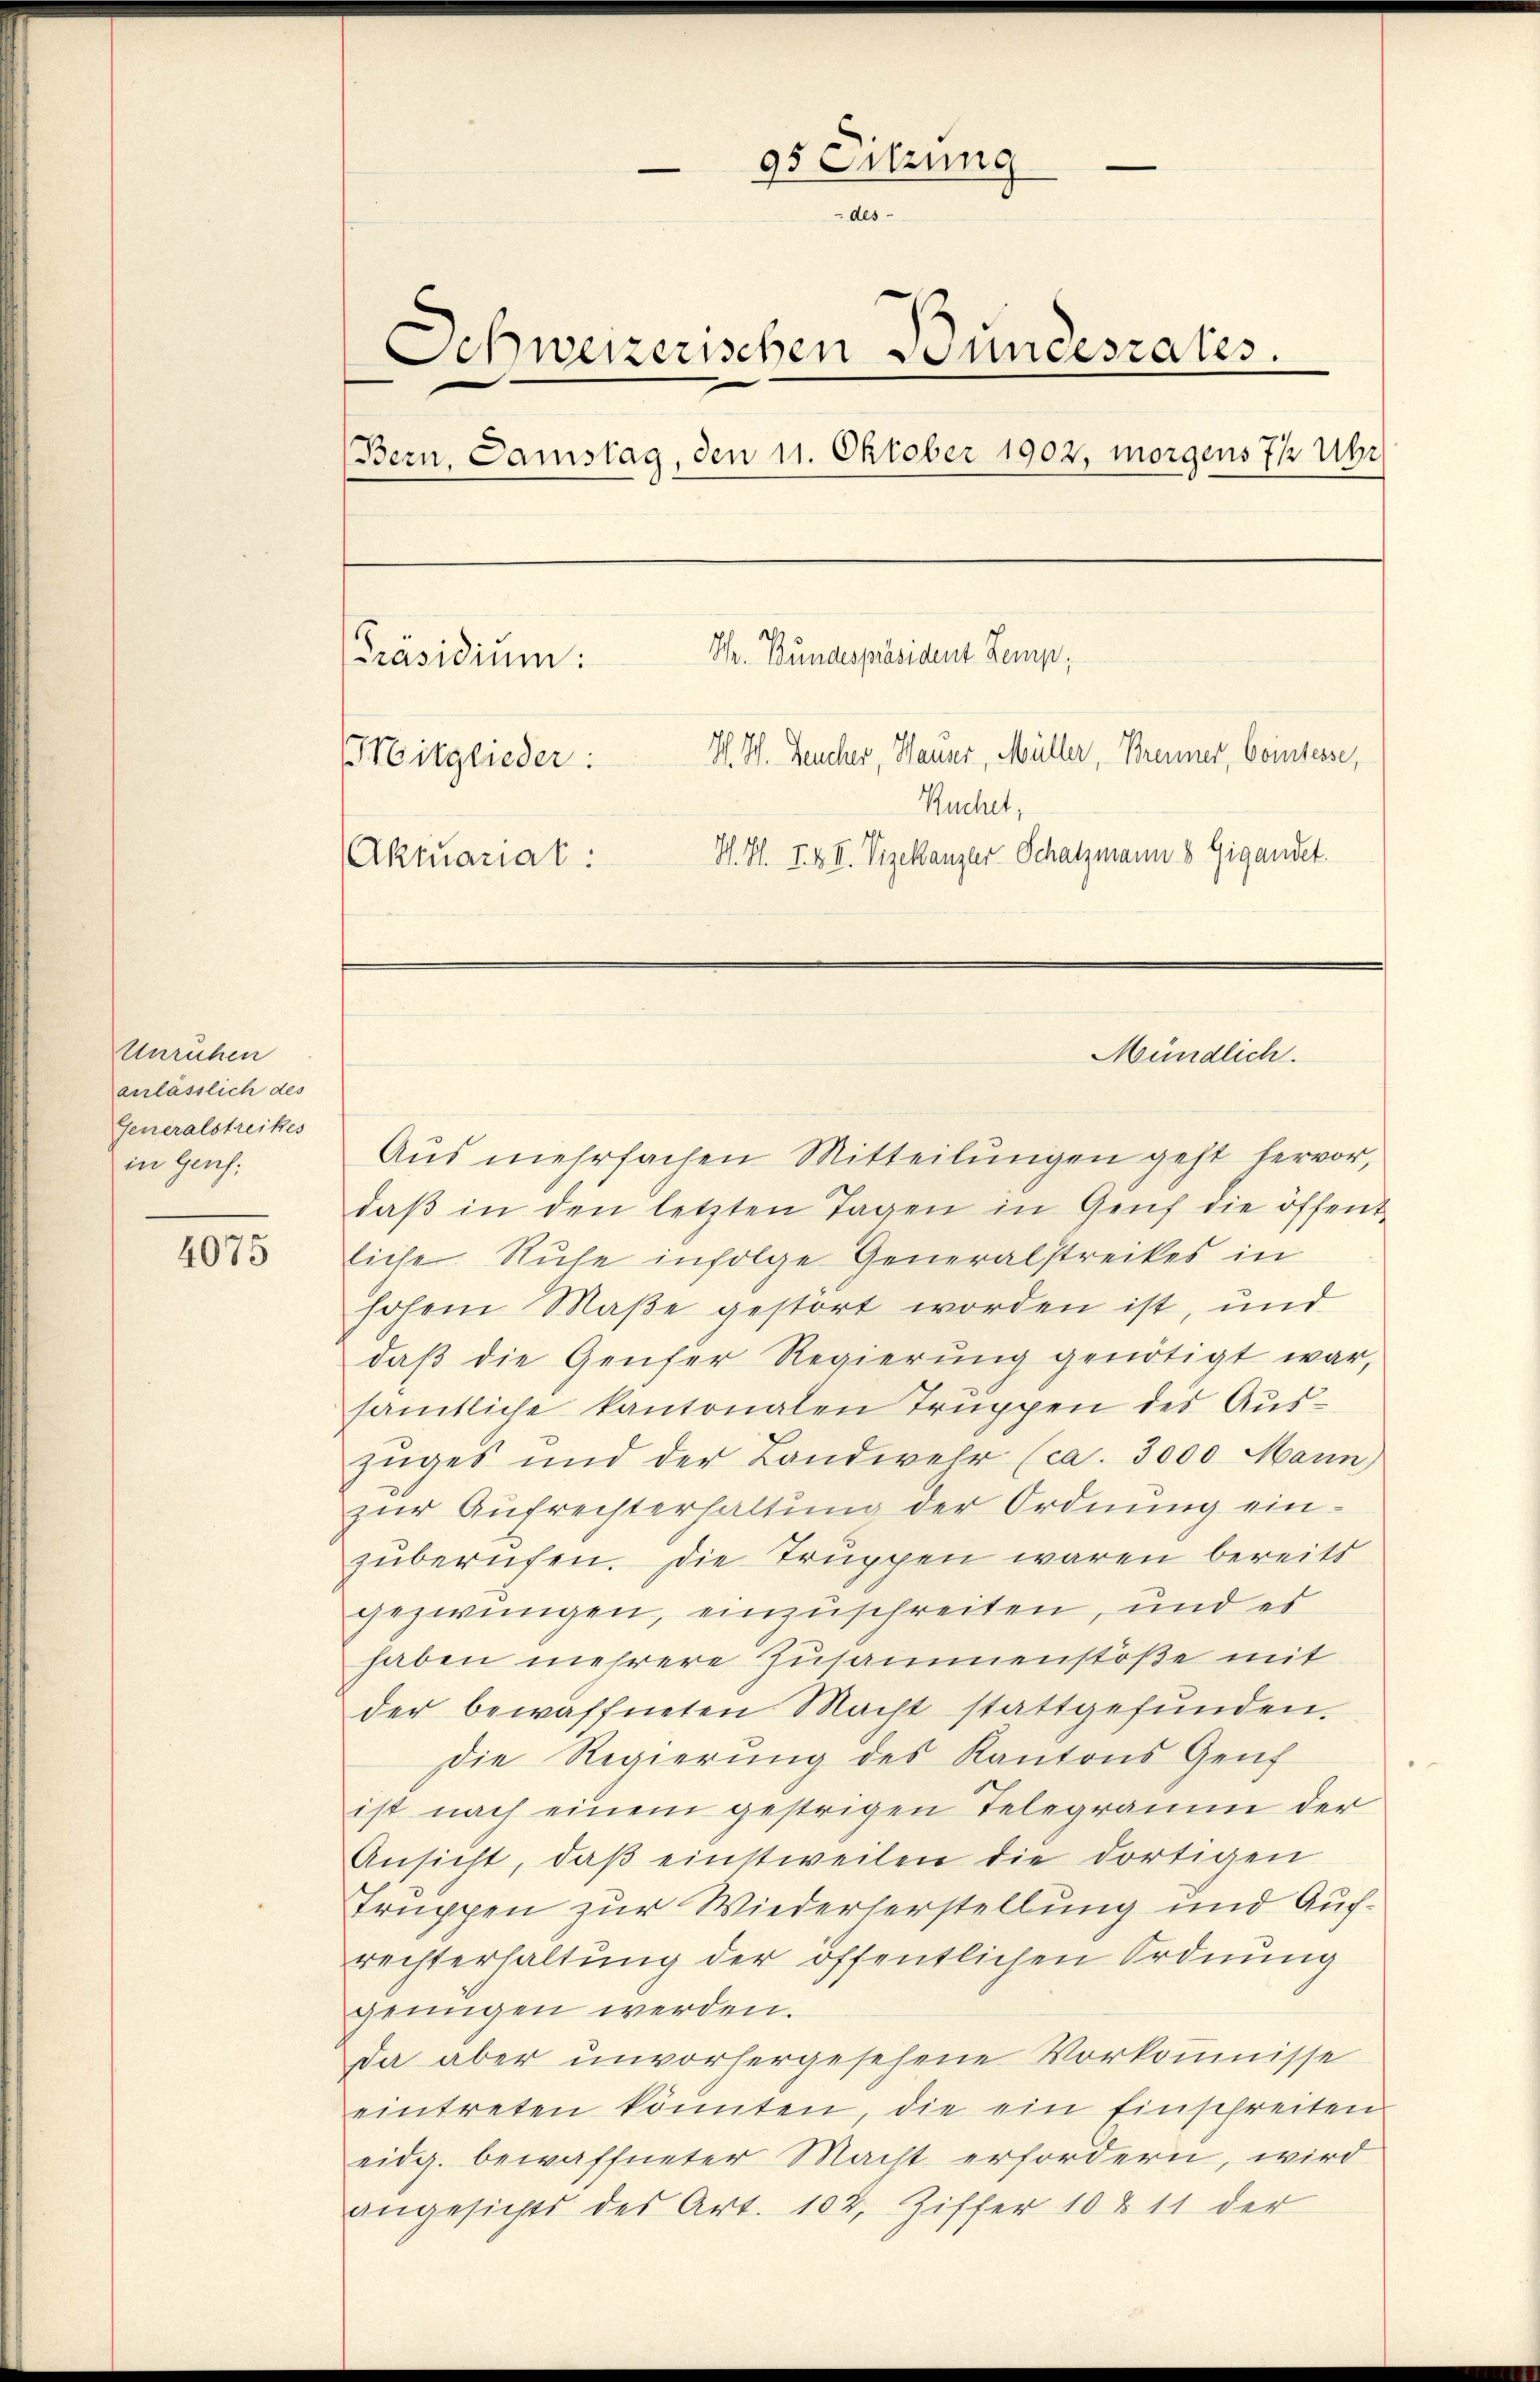
Unruhen
anlässlich des
Generalstreikes
in Genf,

4075

95 Sitzung
des
Schweizerischen Bundesrates.
(Bern, Samstag, den 11. Oktober 1902, morgens 7½ Übr
Pr. Bundespräsident Kemp,
Präsidium:
H. H. Leucher, Hauser, Müller, Brenner, Cointesse,
Mitglieder:
Kuchet,
H. H. I. K. II. Vizekanzler Schatzmann 8 Gigandet.
Aktuariat:

Aus mehrfachen Mitteilungen geht hervor,
daβ in den letzten Tagen in Genf die öffent-
liche Ruhe infolge Generalstreikes in
hohem Maße gestört worden ist, und
daβ die Genfer Regierŭng genötigt war,
sämtliche kantonalen Truppen des Auszŭges und der Landwehr (ca. 3000 Mann,
zur Aufreisterhaltung der Ordnung einzŭberufen. Die Truppen waren bereits
gezwungen, einzuschreiten, und es
haben mehrere Zusammenstöße mit
der bewaffneten Macht stattgefŭnden.
Die Regierung des Kantons Genf
ist nach einem gestrigen Telegramm der
Ansicht, daβ einstweilen die dortigen
Truppen zur Wiederherstellung und Aufrechterhaltung der öffentlichen Ordnung
genügen werden.
Da aber unvorhergesehene Vorkoṁnisse
eintreten könnten, die ein Einschreiten
eidg. bewaffneter Macht erfordern, wird
angesichts des Art. 104, Ziffer 10811 der

Mündlich.